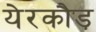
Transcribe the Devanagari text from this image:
येरकौड़